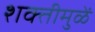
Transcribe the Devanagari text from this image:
शक्तीमुळें